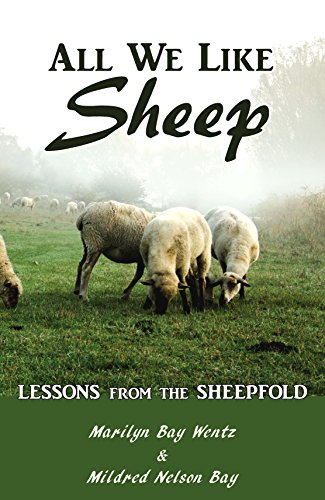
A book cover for All We Like Sheep : Lessons from the Sheepfold; Marilyn Bay Wentz; Crafts, Hobbies & Home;